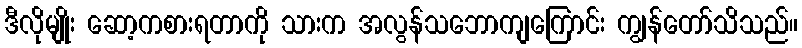
ဒီလိုမျိုး ဆော့ကစားရတာကို သားက အလွန်သဘောကျကြောင်း ကျွန်တော်သိသည်။